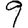
Digit: 9